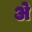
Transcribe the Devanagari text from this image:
अे